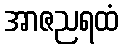
အာဇညရထံ